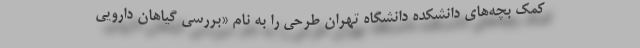
کمک بچه‌های دانشکده دانشگاه تهران طرحی را به نام «بررسی گیاهان دارویی